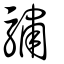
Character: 驌